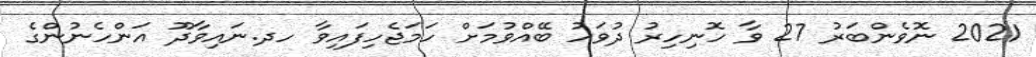
2021 ނޮވެންބަރު 27 ވާ ހޮނިހިރު ދުވަހު ބޭއްވުމަށް ހަމަޖެހިފައިވާ ހދ.ނައިވާދޫ އަންހެނުންގެ